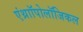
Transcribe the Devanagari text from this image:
एंथ्राॉपोलॉजिकल